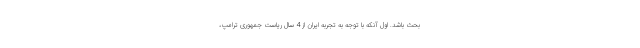
بحث باشد. اول آنکه با توجه به تجربه ایران از 4 سال ریاست جمهوری ترامپ،